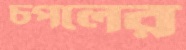
চপলের